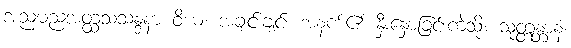
အညမညအတ္ထသံသန္ဒနာ ဝိယ၊ အချင်းချင်း အနက်၏ နှီးနှောခြင်းကဲ့သို့။ သုတ္တန္တာနံ၊